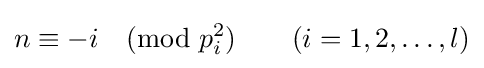
n\equiv -i{\pmod {p_{i}^{2}}}\qquad (i=1,2,\ldots ,l)